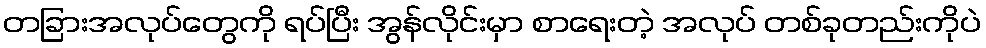
တခြားအလုပ်တွေကို ရပ်ပြီး အွန်လိုင်းမှာ စာရေးတဲ့ အလုပ် တစ်ခုတည်းကိုပဲ